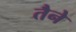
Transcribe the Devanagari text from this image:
तैने